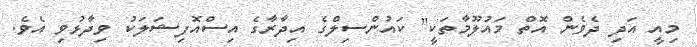
މިއީ އަދި ދެވެން އޮތް މައުލޫމާތަކީ" ކައުންސިލްގެ އިދާރާގެ އިސްއޮފިޝަލަކު ވިދާޅުވި އެވެ.